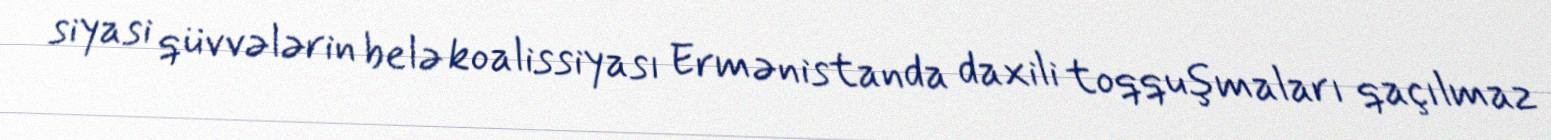
siyasi qüvvələrin belə koalissiyası Ermənistanda daxili toqquşmaları qaçılmaz